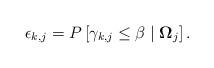
LaTeX: \begin{align*}\epsilon_{k,j}=P\left[ \gamma_{k,j}\leq\beta\mid\boldsymbol{\Omega}_{j}\right] .\end{align*}